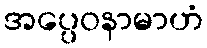
အပ္ပေဝနာမာဟံ